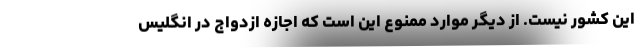
این کشور نیست. از دیگر موارد ممنوع این است که اجازه ازدواج در انگلیس